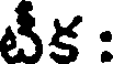
టీక :